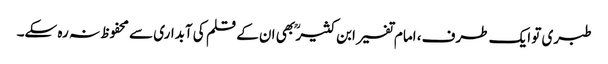
طبری تو ایک طرف، امام تفسیر ابن کثیر ؒ بھی ان کے قلم کی آبداری سے محفوظ نہ رہ سکے۔